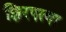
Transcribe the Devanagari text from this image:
झिरपत्या